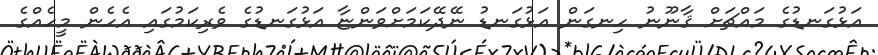
އަޅުގަނޑުގެ މައްޗަށް ޤާނޫނު ހިނގަން އަޅުގަނޑު ނޭދޭކަމަށްވަންޏާ އަޅުގަނޑުގެ ވެރިކަމުގައި އެހެން މީހެއްގެ